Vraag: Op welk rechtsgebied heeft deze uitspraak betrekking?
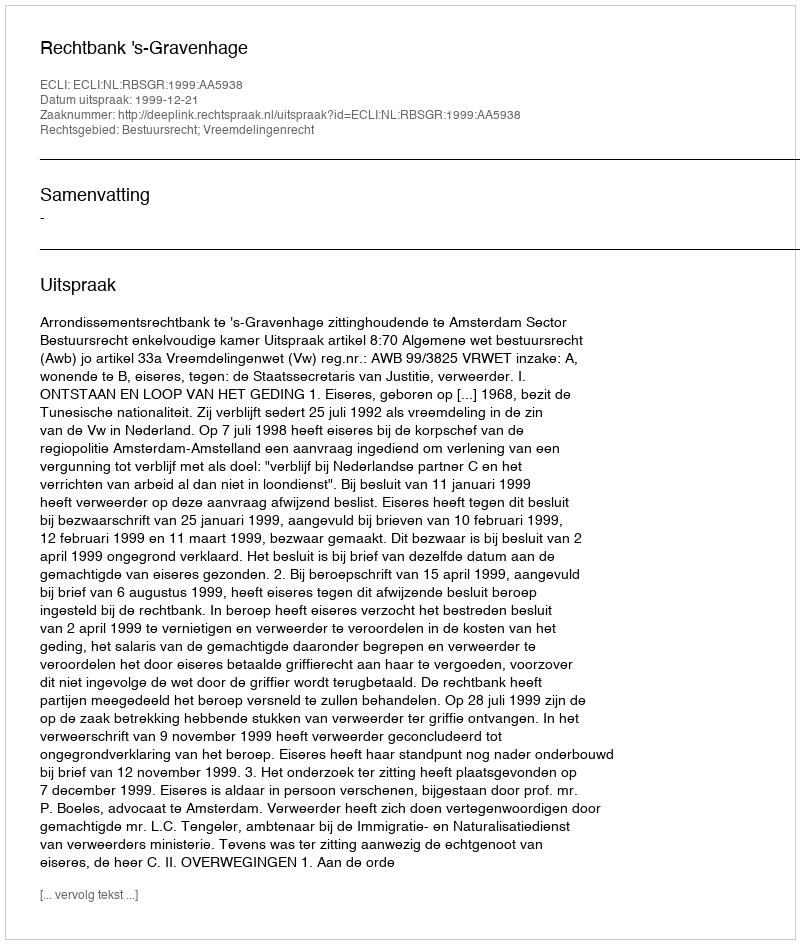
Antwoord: Bestuursrecht; Vreemdelingenrecht